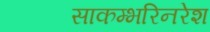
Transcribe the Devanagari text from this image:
साकम्भरिनरेश